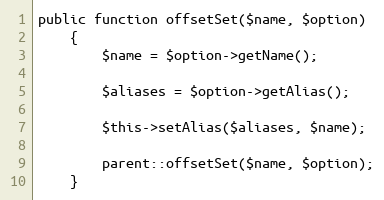
Language: PHP
public function offsetSet($name, $option)
	{
		$name = $option->getName();

		$aliases = $option->getAlias();

		$this->setAlias($aliases, $name);

		parent::offsetSet($name, $option);
	}